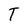
Character: T